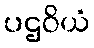
ပဌဝိယံ